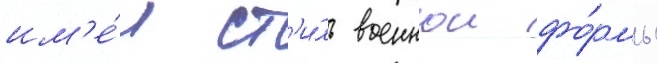
им'е́л ст'и́ль военнои фо́рмы